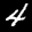
Label: 4